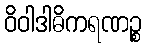
ဝိဝါဒါဓိကရဏဉ္စ